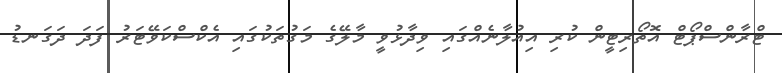
ޓްރާންސްޕޯޓް އޮތޯރިޓީން ކުރި އިއުލާނެއްގައި ވިދާޅުވީ މާލޭގެ މަގުތަކުގައި އެކްސްކަވޭޓަރު ފަދަ ދަގަނޑު